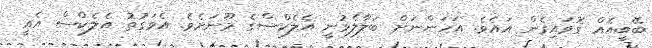
ބޭބީއެއް ގޮވައިގެން އައެވެ. އަހަންނަށް ބަލާލެވުނީ އެލެކްސްގެ މޫނަށެވެ. އެވަގުތު އެލެކްސް އެއީ